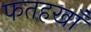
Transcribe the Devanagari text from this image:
फतहखाँ